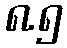
၈.၅